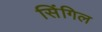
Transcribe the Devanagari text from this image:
सिंगिल